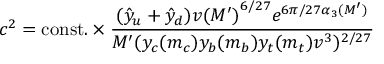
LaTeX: c ^ { 2 } = \mathrm { c o n s t . } \times \frac { ( \hat { y } _ { u } + \hat { y } _ { d } ) v { ( M ^ { \prime } ) } ^ { 6 / 2 7 } e ^ { 6 \pi / 2 7 \alpha _ { 3 } ( M ^ { \prime } ) } } { M ^ { \prime } ( y _ { c } ( m _ { c } ) y _ { b } ( m _ { b } ) y _ { t } ( m _ { t } ) v ^ { 3 } ) ^ { 2 / 2 7 } }